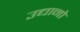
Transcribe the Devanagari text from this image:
उद्यानो